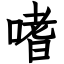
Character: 嗜